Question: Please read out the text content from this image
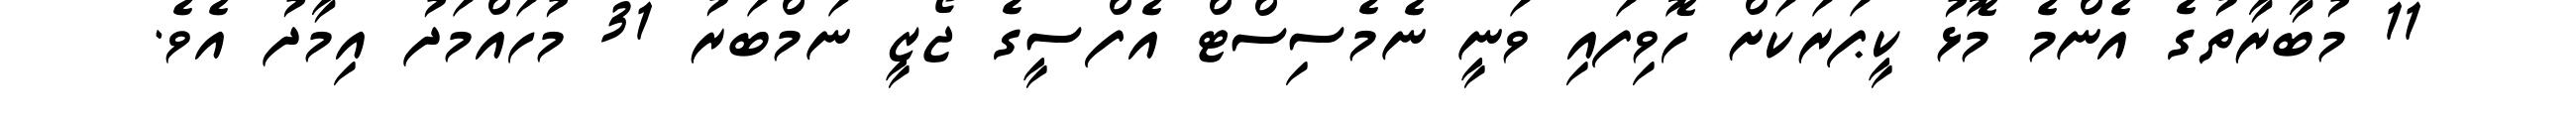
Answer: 11 މުބާރާތުގެ އެންމެ މޮޅު ކީޕަރަކަށް ހޮވިފައި ވަނީ ނެމެސިސްޓް އެފްސީގެ ޖޯޒީ ނަމްބަރު 31 މުހައްމަދު އިމާދު އެވެ.